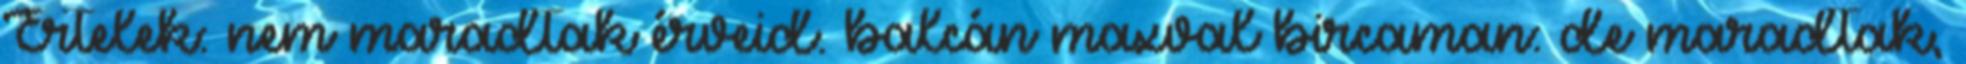
Értelek: nem maradtak érveid. balcán maxval bircaman: de maradtak,